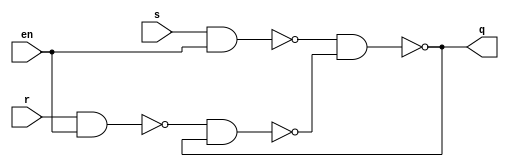
module latch (s, r, en, q);

input s, r, en;
output q;
wire q_;

wire tmp_s, tmp_r;

nand (tmp_s, s, en);
nand (tmp_r, r, en);

nand (q, tmp_s, q_);
nand (q_, tmp_r, q);

endmodule


module latch_array (data_in, write_en, search_en, data_out, match);

parameter WORD_SIZE = 16;

input [WORD_SIZE-1:0] data_in;
input write_en, search_en;

output [WORD_SIZE-1:0] data_out;
output match;

wire s_array [0:WORD_SIZE-1];
wire r_array [0:WORD_SIZE-1];

genvar i;
generate for (i = 0; i < WORD_SIZE; i = i+1) begin: latch_inst
          assign s_array[i] = data_in[i];
            assign r_array[i] = ~data_in[i];

    latch latch_(.s(s_array[i]), .r(r_array[i]), .en(write_en), .q(data_out[i]));
  end
endgenerate

assign match = search_en ? (data_out == data_in) : match;

endmodule


module encoder (match_array, match, match_addr);

parameter ROW_NUM = 68;
parameter ENTRY_WIDTH = 7;

input [ROW_NUM-1:0] match_array;

output reg [ENTRY_WIDTH-1:0] match_addr;
output reg match;

integer i;
always @(*) begin
  match = 0;
  for (i = ROW_NUM - 1; i >= 0; i = i-1) begin
    if (match_array[i] == 1'b1) begin
      match_addr = i;
      match = 1;
    end
  end
end


endmodule